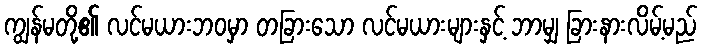
ကျွန်မတို့၏ လင်မယားဘဝမှာ တခြားသော လင်မယားများနှင့် ဘာမျှ ခြားနားလိမ့်မည်